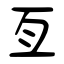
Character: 亙